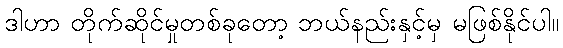
ဒါဟာ တိုက်ဆိုင်မှုတစ်ခုတော့ ဘယ်နည်းနှင့်မှ မဖြစ်နိုင်ပါ။